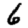
Digit: 6